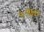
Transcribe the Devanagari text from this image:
५१४०